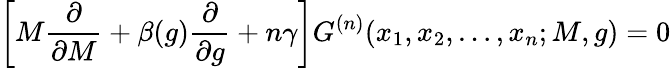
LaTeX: \left[M{\frac{\partial}{\partial M}}+\beta(g){\frac{\partial}{\partial g}}+n\gamma\right]G^{(n)}(x_{1},x_{2},\ldots,x_{n};M,g)=0